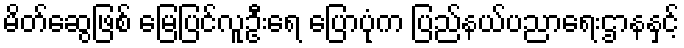
မိတ်ဆွေဖြစ် မြေပြင်လူဦးရေ ပြောပုံက ပြည်နယ်ပညာရေးဌာနနှင့်